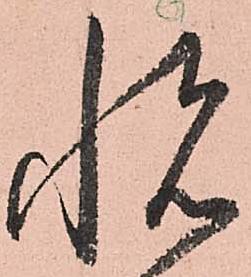
悦